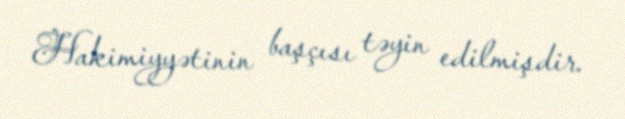
Hakimiyyətinin başçısı təyin edilmişdir.